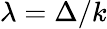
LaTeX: \lambda=\Delta/k